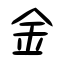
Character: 金